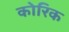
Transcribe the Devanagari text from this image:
कोरिक